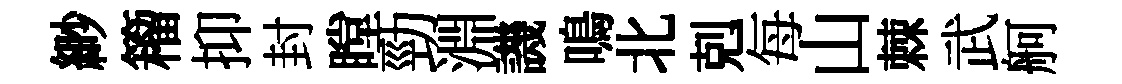
緲籕抑封瞠勁淵譏鳴北剋每山棘武舸